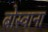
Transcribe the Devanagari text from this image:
बोस्वाना